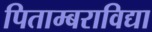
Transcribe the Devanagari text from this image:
पिताम्बराविद्या